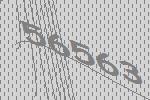
56563